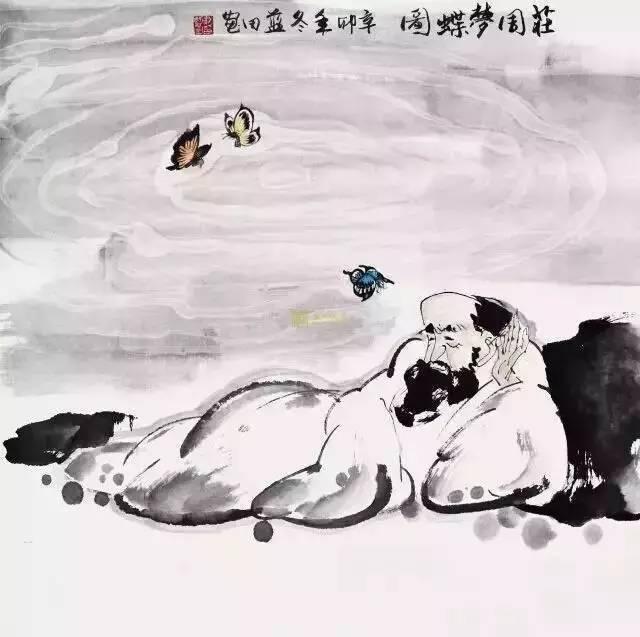
人生天地之间，若白驹之过隙，忽然而已。